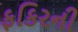
ફકિરની